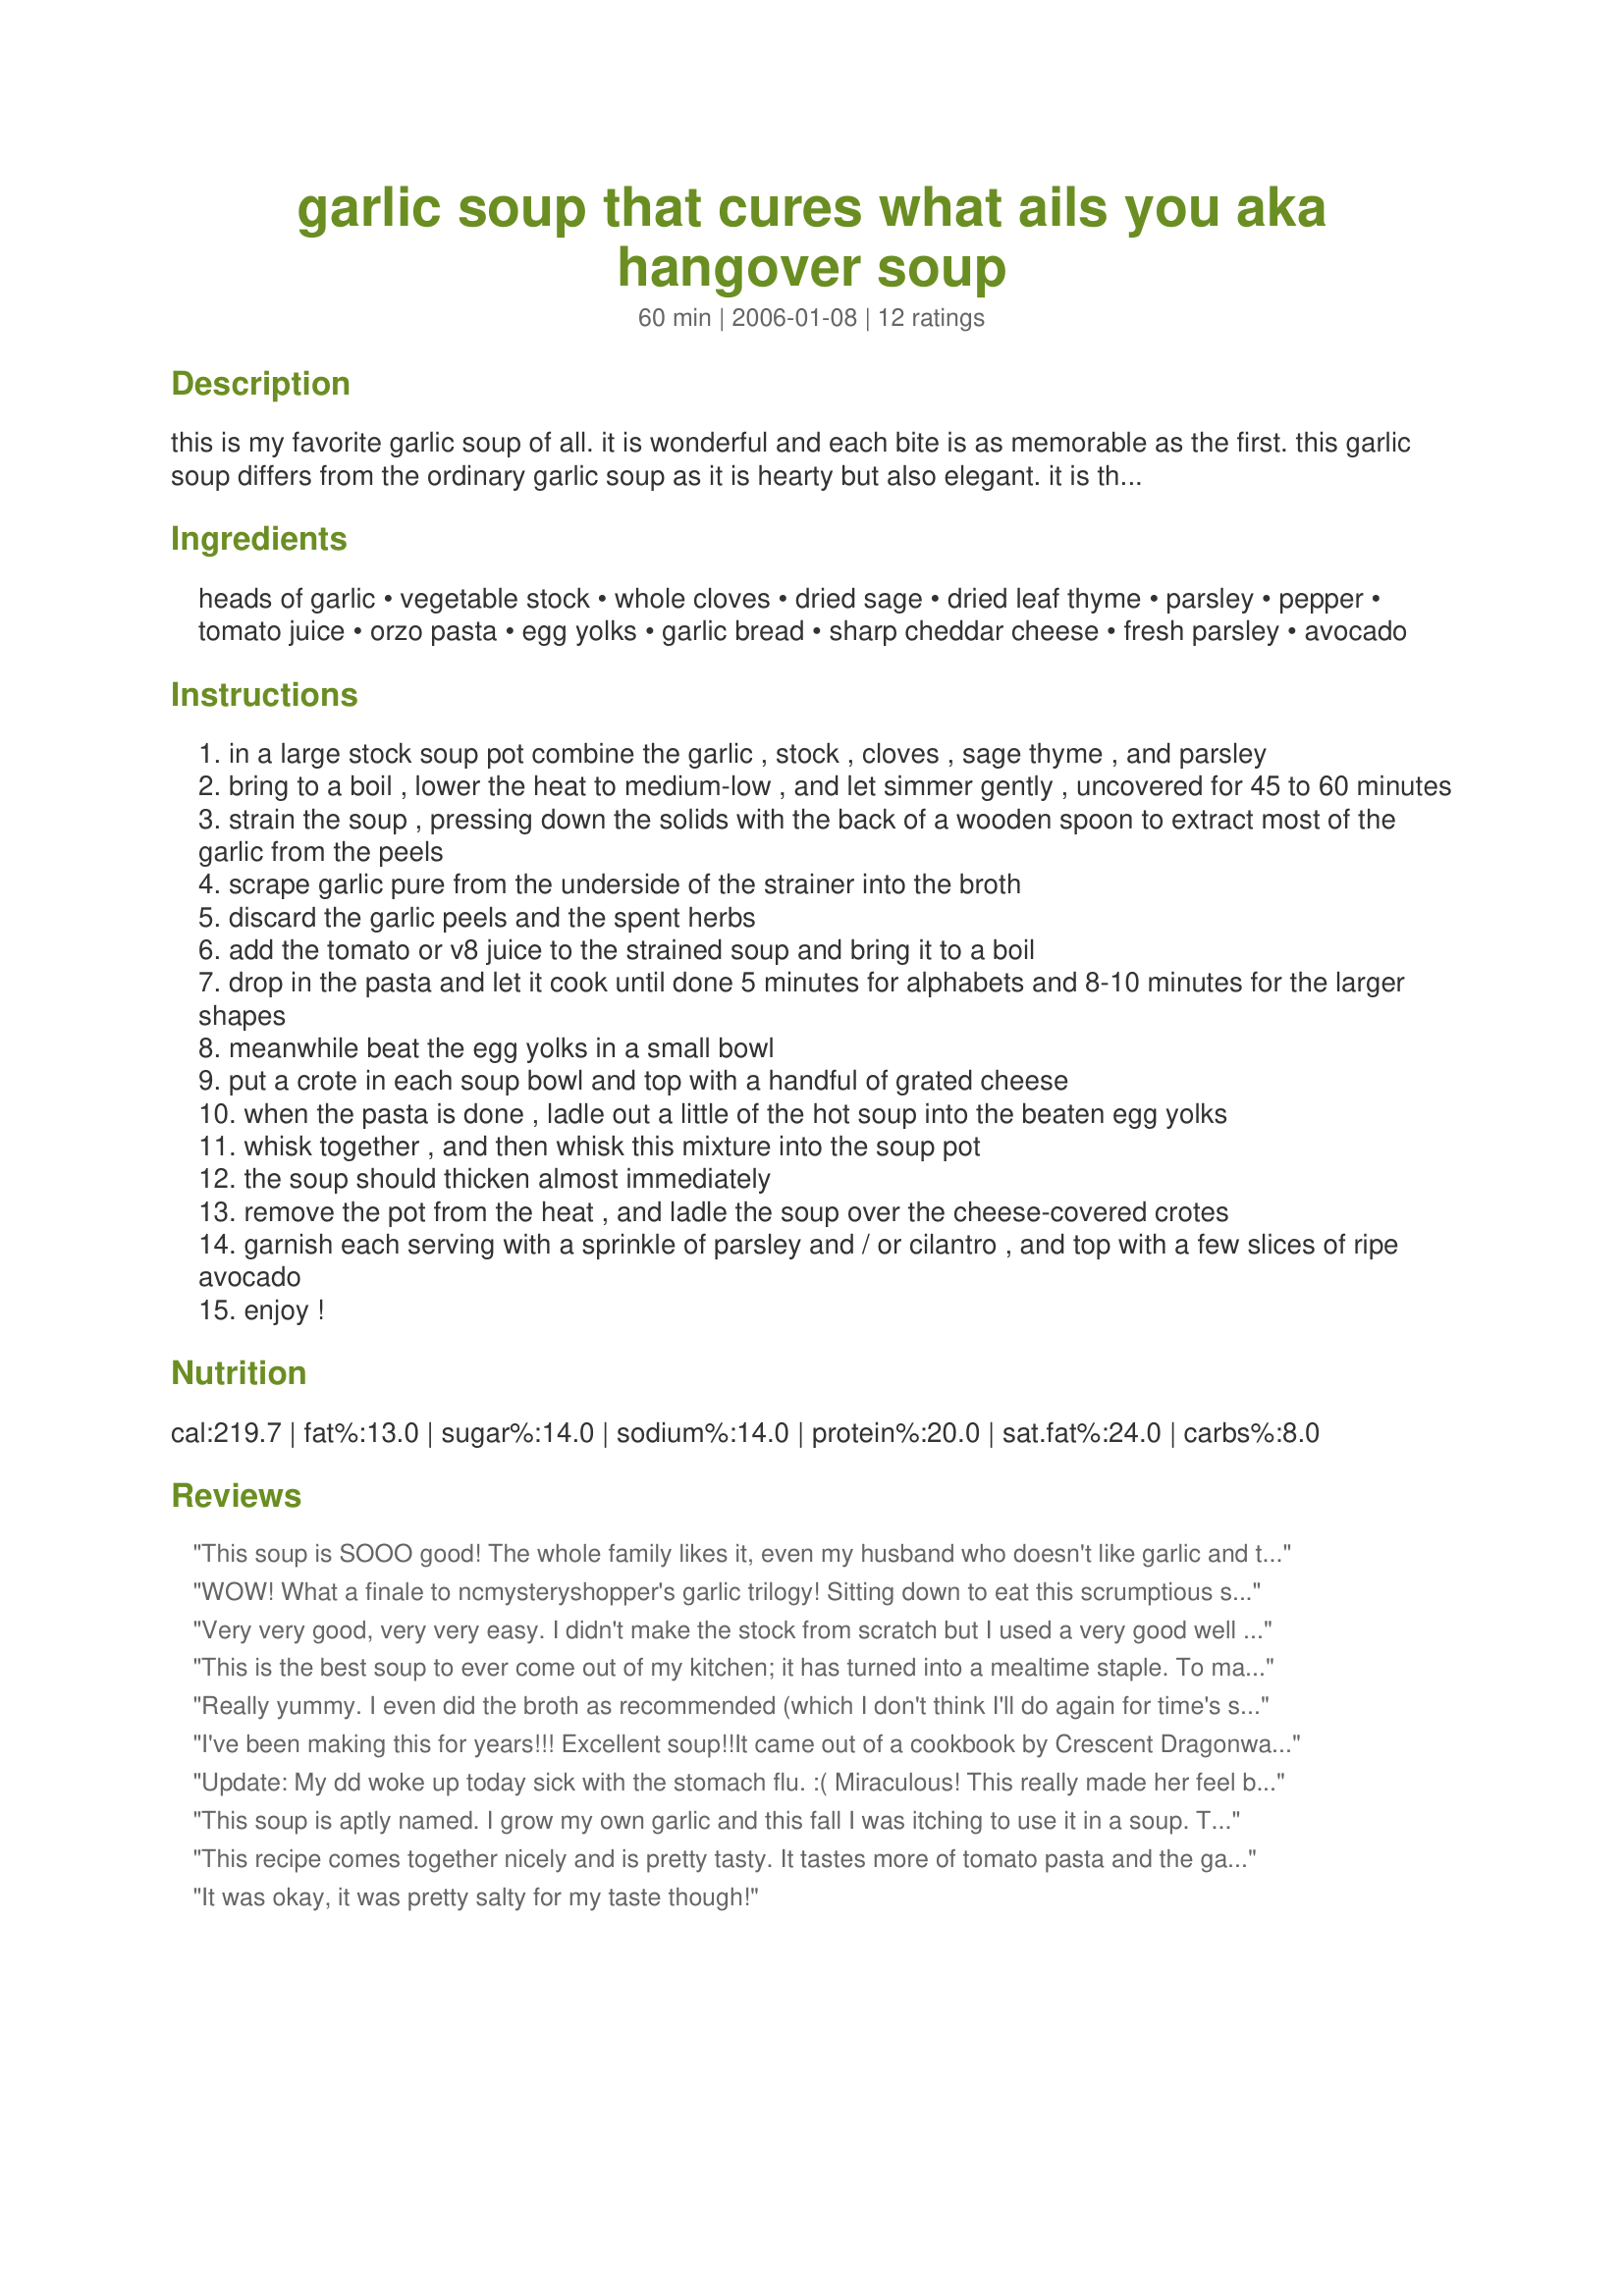
garlic soup that cures what ails you aka hangover soup
Preparation time: 60 minutes

this is my favorite garlic soup of all. it is wonderful and each bite is as memorable as the first. this garlic soup differs from the ordinary garlic soup as it is hearty but also elegant. it is the kind of soup a person craves when recovering from a cold or a broken heart. it has cured a number of hangovers over the years although scrawled above the recipe i have written “do not attempt to make with a really really bad hangover!!!!” – and i heed that warning, so plan ahead (i am pretty sure it means not to make it with a real bad hangover if you have to also make the stock). the combination of garlic, herbs and cloves is magic; the tomato juice adds zip and the unctuous egg yolk enrichment is balanced by the pasta’s pleasant, soothing note. this will cure whatever ails you….for an even heartier entrée; place a poached egg on each croûte before ladling the soup over it. wonderful! this soup is best when made with my browned vegetable stock recipe (#150683), you could use other stock, but it would be a real shame…. a real shame…. so heighten your experience and make the stock as well… you won’t be sorry. for a fine-but-not-fussy meal you’ll be proud to set before anyone, try this soup with the salad (“the” salad recipe #150702) … because you can never have too much garlic! lol! finish with a fruity dessert like a really good baked apple made with brown sugar and served with gingerbread and a dollop of yogurt….. yummy!

Ingredients:
heads of garlic, vegetable stock, whole cloves, dried sage, dried leaf thyme, parsley, pepper, tomato juice, orzo pasta, egg yolks, garlic bread, sharp cheddar cheese, fresh parsley, avocado

Steps:
in a large stock soup pot combine the garlic , stock , cloves , sage thyme , and parsley
bring to a boil , lower the heat to medium-low , and let simmer gently , uncovered for 45 to 60 minutes
strain the soup , pressing down the solids with the back of a wooden spoon to extract most of the garlic from the peels
scrape garlic pure from the underside of the strainer into the broth
discard the garlic peels and the spent herbs
add the tomato or v8 juice to the strained soup and bring it to a boil
drop in the pasta and let it cook until done 5 minutes for alphabets and 8-10 minutes for the larger shapes
meanwhile beat the egg yolks in a small bowl
put a crote in each soup bowl and top with a handful of grated cheese
when the pasta is done , ladle out a little of the hot soup into the beaten egg yolks
whisk together , and then whisk this mixture into the soup pot
the soup should thicken almost immediately
remove the pot from the heat , and ladle the soup over the cheese-covered crotes
garnish each serving with a sprinkle of parsley and / or cilantro , and top with a few slices of ripe avocado
enjoy !

Reviews:
This soup is SOOO good! The whole family likes it, even my husband who doesn't like garlic and the kids! Thanks for such a great recipe
WOW! What a finale to ncmysteryshopper's garlic trilogy! Sitting down to eat this scrumptious soup made with her Ultimate Browned Vegetable Stock Recipe #150683 and served with her Garlic Bread Croûtes Recipe #150700. I could live on this! It was just sensational! I made it (exactly as advised) with V8 juice, orzo, some wonderful orange-yolked free range eggs and parsley. But I was one cup short of the Ultimate Browned Vegetable Stock Recipe, so if you are making this DO double the stock recipe. Fortunately, I had some of my own also very flavoursome stock to use for the extra cup. If you are a garlic lover, I really cannot recommend this soup highly enough. A must-try 5+++++ recipe, that I’ll be making again - often. Thank you so much, Cheryl, for sharing these three wonderful recipes.
Very very good, very very easy. I didn't make the stock from scratch but I used a very good well flavored stock. I made this exactly how advised otherwise. You can live on this soup, I love it, and everyone else that has tried it at least likes it! The only suggestion I would make is to be carefull to not make it too salty. I used a little less stock in my broth since the garlic and V8 add more salt. Thank you for a recipe I will keep around forever!
This is the best soup to ever come out of my kitchen; it has turned into a mealtime staple. To make it a bit healthier I add chopped veggies (usually 2 red peppers and a head of broccoli) at the same time as the orzo. I also don't add the croutes and top the bowl with asiago cheese. Delicious!!
Really yummy. I even did the broth as recommended (which I don't think I'll do again for time's sake.) I felt like the croutes really made it extraordinary. I plan to make this again sometime.
I've been making this for years!!! Excellent soup!!It came out of a cookbook by Crescent Dragonwagon called Bread and Soup?? Her other soups, stews and gumbo are fabulous. Thanks for reminding me of this!!
Update: My dd woke up today sick with the stomach flu. :( Miraculous! This really made her feel better fast! OF course being the darlin' all offspring are when they do not feel well, she was soooo agreeable. hehee She would not eat or drink a thing so being the GOOD MAMA that I am, I threatened her with serious bodily harm! (jk- lol) All I had to say was - This is Cheryl's amazing feel better remedy and she happily complied! Thanks for making her feel better fast Cheryl! ........ old review.... Wow! This is one AMAZING soup! SO NOT salty at all! Made this using recipe #150683 which made this so yummy! Did not use the mushrooms, did use Monterey Jack cheese, V-8 and orzo pasta. I love this soup. This would be so good frozen in batches and stored in the freezer for those 'days after 'PUI'ing in Beverage Tag. Definitely cures what ails you and works really amazing on hangovers! The unctious egg yold enrichment really does the trick too! Firms up the soup and makes it eat like a meal without being heavy on a stomach that may be sensitive. This is NOW MY go to soup for any malady! Thank you Cheryl! You ROCK!
This soup is aptly named. I grow my own garlic and this fall I was itching to use it in a soup. The description is pretty long and spot on...I think I added too much cheese to the croutes and the soup got really thick but it was delicious and RICH!
This recipe comes together nicely and is pretty tasty. It tastes more of tomato pasta and the garlic flavor is very subtle, despite the 2 heads of garlic in it. I think 3 heads might be better. I made it easier by using Garlic Texas Toast for my croutes. My bf really enjoyed this and it's one I'll try to make again especially during these colder months. Thanks for posting.
It was okay, it was pretty salty for my taste though!
***update: I really have made this soup from the veggie stock to the croutes again and again. My family loves this soup and my friends say my house smells like heaven when I'm making it. This has become a cool weather standard in our home.<br/><br/>I made the veggie stock, the croutes and the soup. I will make it again and again. It went together easily and was so comforting and wonderful. Everyone in the family enjoyed this treat on New Year's Day and we are looking forward to having it again.
Sorry we did not like your soup once we added the beaten egg. I had made the special stock also. We liked the flavor till we added the Beaten egg.
